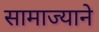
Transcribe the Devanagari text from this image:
सामाज्याने